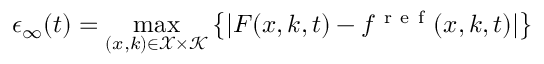
\epsilon _ { \infty } ( t ) = \operatorname* { m a x } _ { ( x , k ) \in \mathcal { X } \times \mathcal { K } } \left\{ | F ( x , k , t ) - f ^ { \mathrm { ~ r ~ e ~ f ~ } } ( x , k , t ) | \right\}